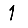
Digit: 1